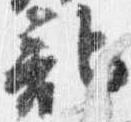
記